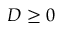
D \ge 0